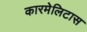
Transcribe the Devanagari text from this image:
कारमेलिटास